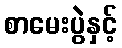
စာမေးပွဲနှင့်